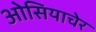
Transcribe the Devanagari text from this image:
ओसियाचेर